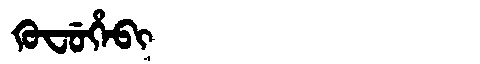
Manchu: ᡴᡠᠸᡠᡥᡝᠪᡳ
Romanization: KUFUHEBI